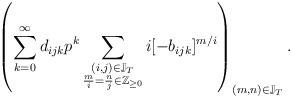
LaTeX: \begin{align*} \left (\sum_{k=0}^\infty d_{ijk}p^k\sum_{\substack{(i,j)\in\mathbb{J}_T\\\frac{m}{i}=\frac{n}{j}\in\mathbb{Z}_{\geq 0}}}i[-b_{ijk}]^{m/i}\right )_{\substack{(m,n)\in\mathbb{J}_T}}. \end{align*}